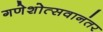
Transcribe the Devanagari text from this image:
गणेशोत्सवानंतर